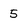
Character: 5